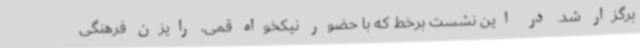
برگزار شد. در این نشست برخط که با حضور نیکخواه قمی، رایزن فرهنگی